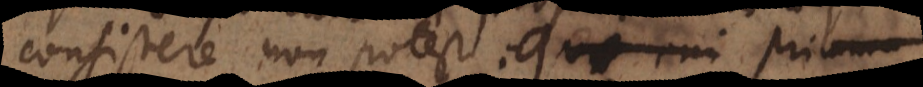
consistere non potest. Quaerendum enim